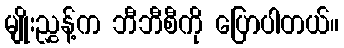
မျိုးညွှန့်က ဘီဘီစီကို ပြောပါတယ်။